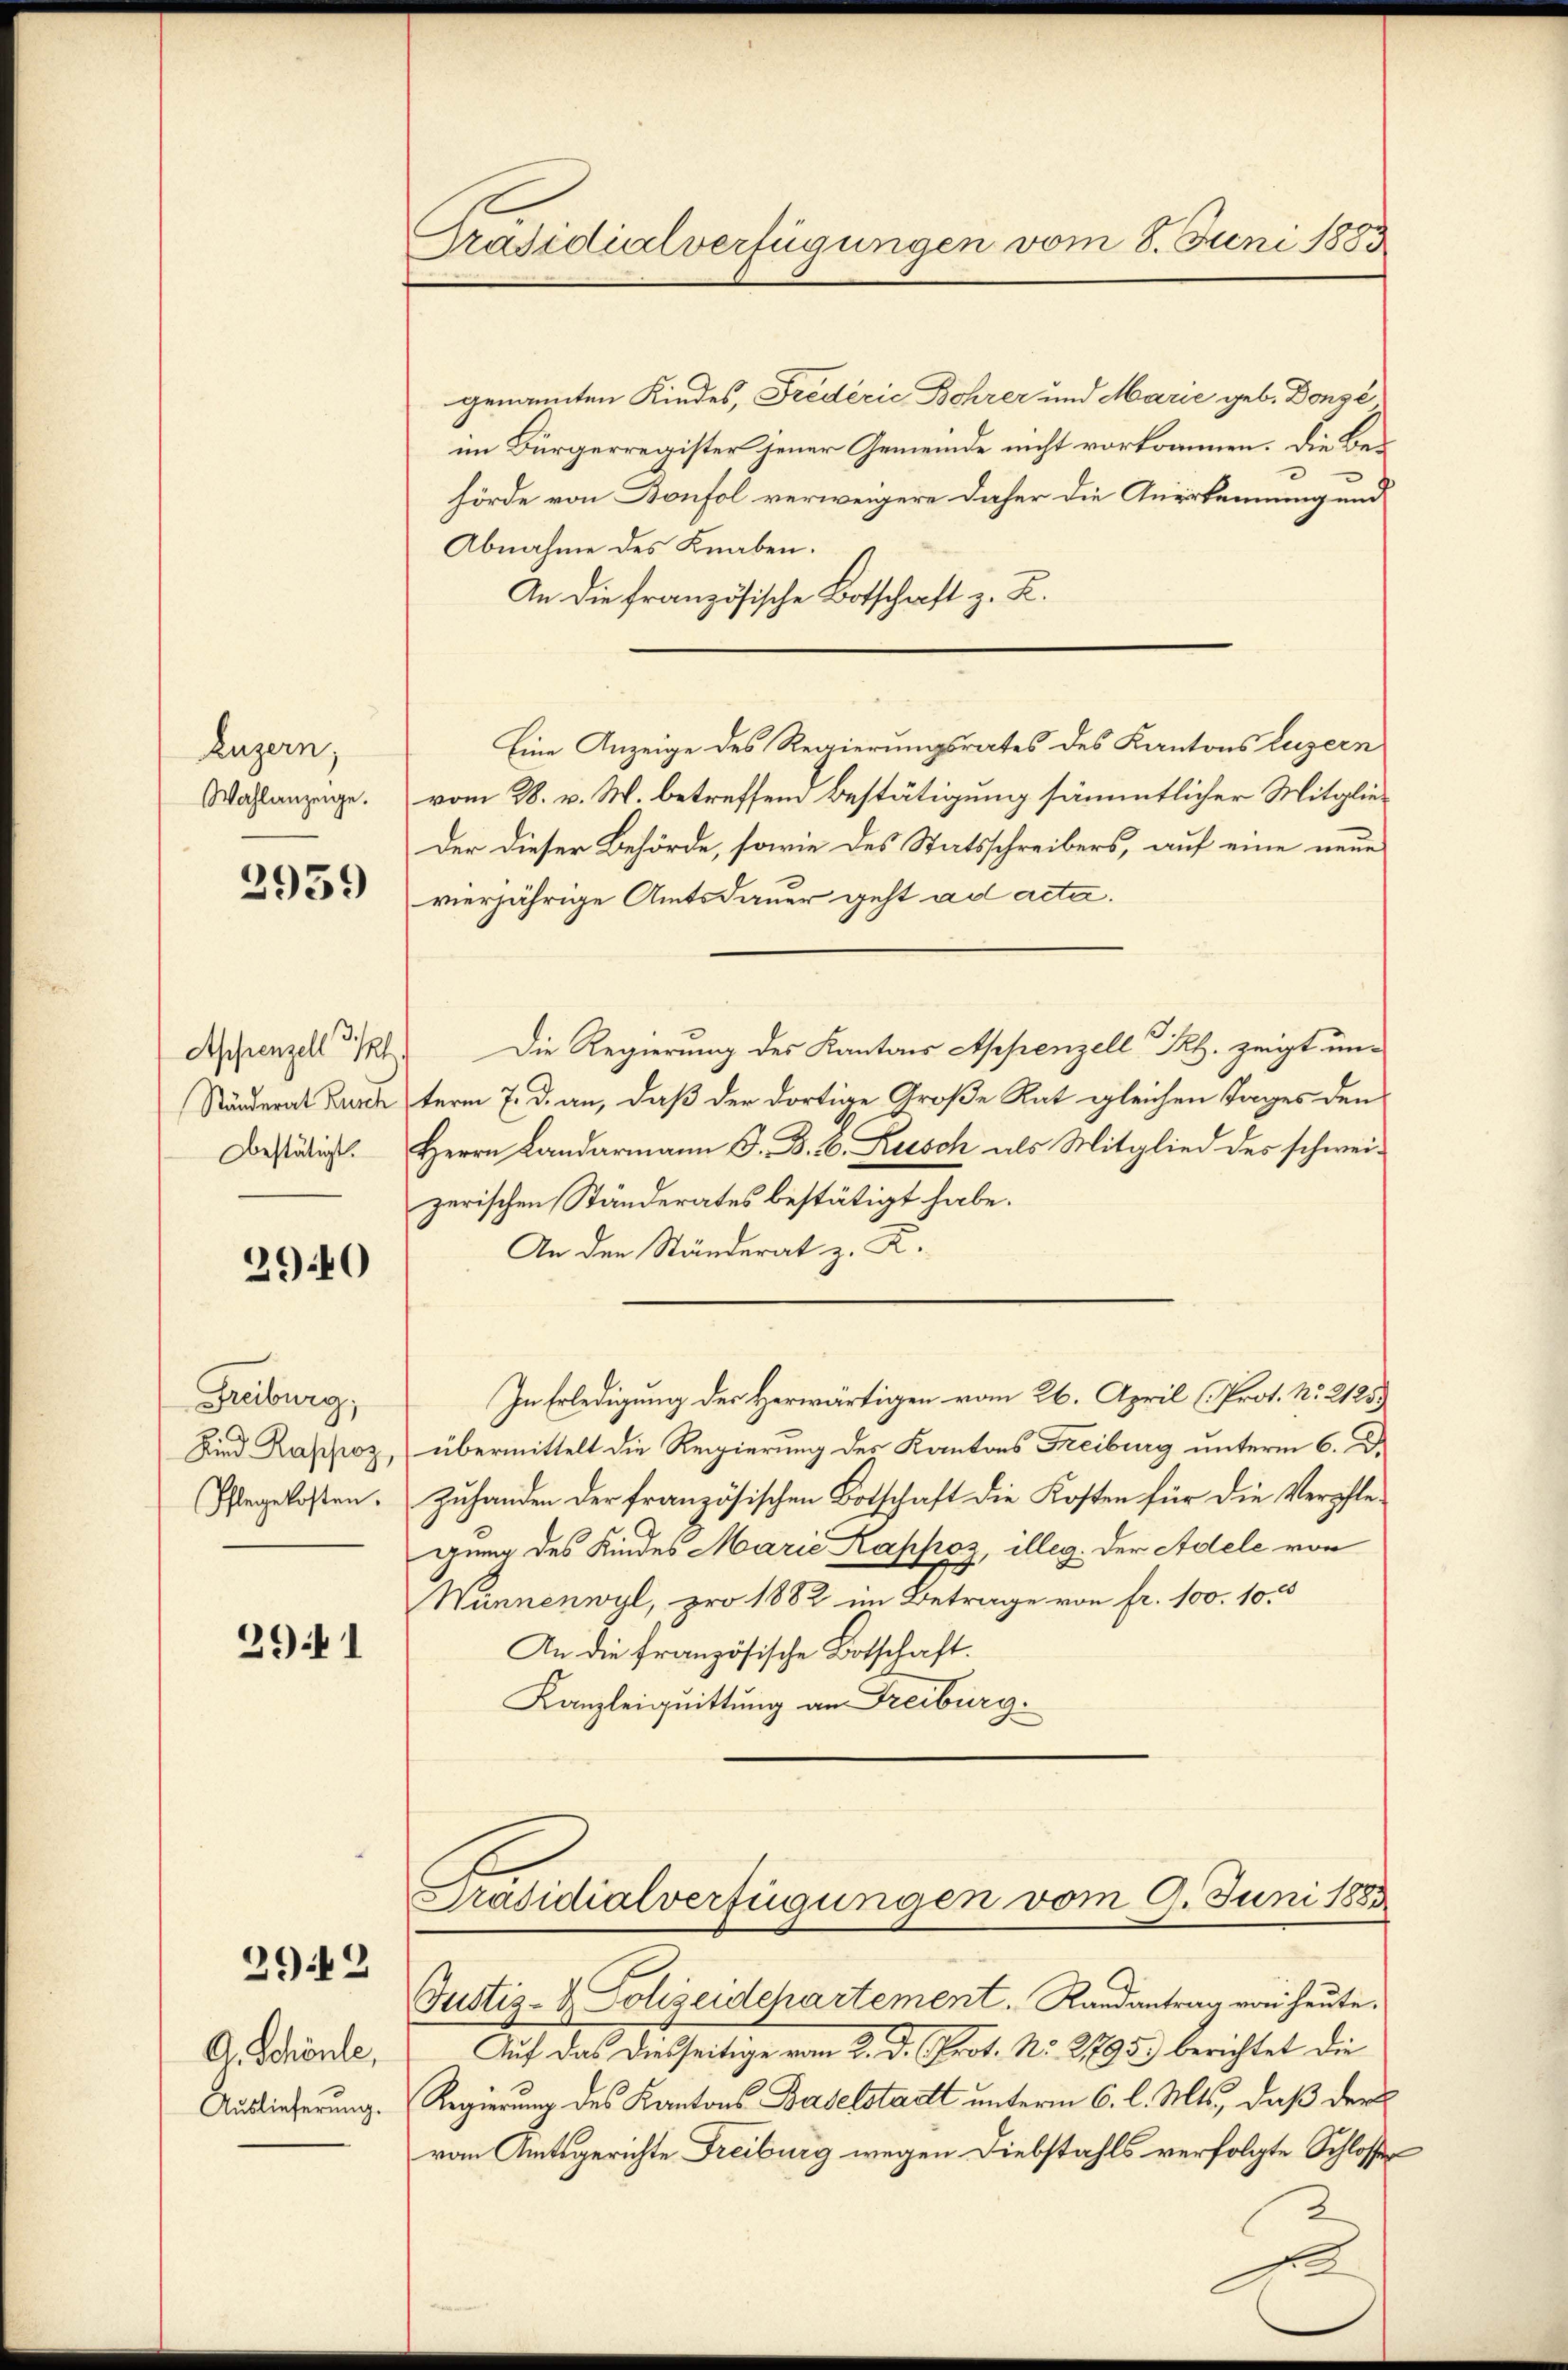
Luzern,
Wahlanzeige.

2939

Ständerat Zusch
bestätigt.

29.40

Freiburg,
Pflegekosten.

2941

2942

A. Schönle,
Auslieferung.

Präsidialverfügungen vom 8. Juni 1883

genannten Kindes, Frederie Bohrer und Marie geb. Dongé
im Bürgerregister jener Gemeinde nicht vorkommen. Die Behörde von Bonfol verweigere daher die Anerkennung und
Abnahme des Knaben.
An die französische Botschaft z. B.
Eine Anzeige des Regierungsrates des Kantons Luzern
vom 28. v. M. betreffend Bestätigung sämmtlicher Mitglie¬
Der dieser Behörde, sowie des Statsschreibers, auf eine neue
vierjährige Amtsdauer geht ad acta.
Appenzell 31. Die Regierung des Kantons Appenzell P. zeigt unterm 7. d. an, daß der dortige Große Rat gleichen Tages den
Herrn Landarmann J. B. b. Rusch als Mitglied des schwei-
zerischen Ständerates bestätigt habe.
An den Ständerat z. R.
In Erledigung der Herwärtigen vom 26. April (Prot. N. 2125)
Kind Kashoz, übermittelt die Regierung des Kantons Freiburg unterm 6. D.
Zuhanden der französischen Botschaft die Kosten für die Verpflegung des Kindes Marie Kappoz, illeg. Der Adele von
Wunnenwyl, pro 1882 im Betrage von fr. 100. 100
An die französische Botschaft.
Kanzleiquittung an Freiburg.

Präsidialverfügungen vom 9. Juni 1883
Justiz- & Polizeidepartement. Randantrag von heute.

Auf das diesseitige vom 2. d. Prot. No 2795) berichtet die
Regierung des Kantons Baselstadt unterm 6. l. Mts., daß der
vom Amtsgerichte Freiburg wegen Diebstahls verfolgte Schlosse

x